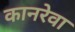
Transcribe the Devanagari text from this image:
कानरेवा